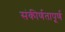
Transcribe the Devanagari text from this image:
संकीर्णतापूर्ण